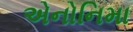
એનોનિમા